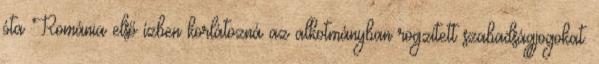
óta Románia első ízben korlátozná az alkotmányban rögzített szabadságjogokat.